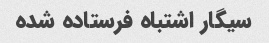
سیگار اشتباه فرستاده شده